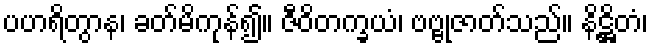
ပဟရိတွာန၊ ခတ်မိကုန်၍။ ဇီဝိတက္ခယံ၊ ဗဗ္ဗုဇာတ်သည်။ နိဋ္ဌိတံ၊